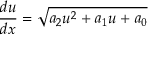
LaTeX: \frac { d u } { d x } = \sqrt { a _ { 2 } u ^ { 2 } + a _ { 1 } u + a _ { 0 } }